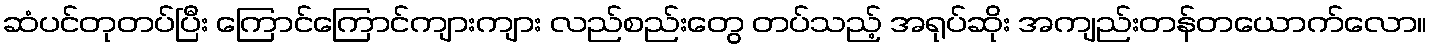
ဆံပင်တုတပ်ပြီး ကြောင်ကြောင်ကျားကျား လည်စည်းတွေ တပ်သည့် အရုပ်ဆိုး အကျည်းတန်တယောက်လော။